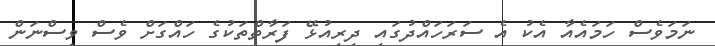
ނަމަވެސް ހަމައެއާ އެކު އެ ސަރަހައްދުގައި ދިރިއުޅޭ ފަރާތްތަކުގެ ހައްގަށް ވެސް ވިސްނަން